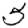
Digit: 5